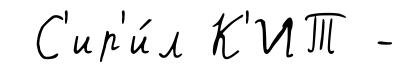
С'ир'и́л К'ИТ -